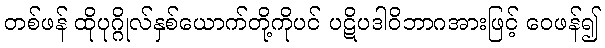
တစ်ဖန် ထိုပုဂ္ဂိုလ်နှစ်ယောက်တို့ကိုပင် ပဋိပဒါဝိဘာဂအားဖြင့် ဝေဖန်၍